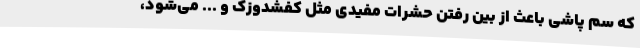
که سم پاشی باعث از بین رفتن حشرات مفیدی مثل کفشدوزک و ... می‌شود،